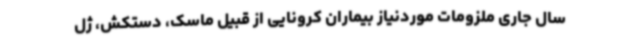
سال جاری ملزومات موردنیاز بیماران کرونایی از قبیل ماسک، دستکش، ژل